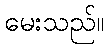
မေးသည်။